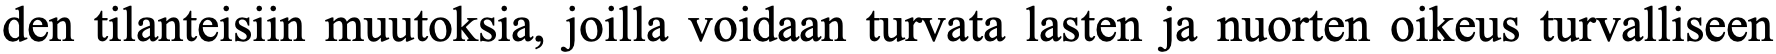
den tilanteisiin muutoksia, joilla voidaan turvata lasten ja nuorten oikeus turvalliseen